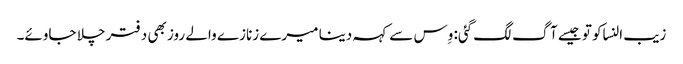
زیب النساکو تو جیسے آگ لگ گئی: وِس سے کہہ دینا میرے زنازے والے روز بھی دفتر چلا جاوئے۔